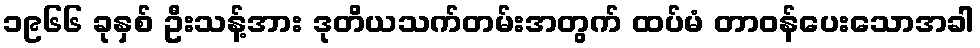
၁၉၆၆ ခုနှစ် ဦးသန့်အား ဒုတိယသက်တမ်းအတွက် ထပ်မံ တာဝန်ပေးသောအခါ